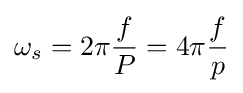
\omega _{s}=2\pi {\frac {f}{P}}=4\pi {\frac {f}{p}}